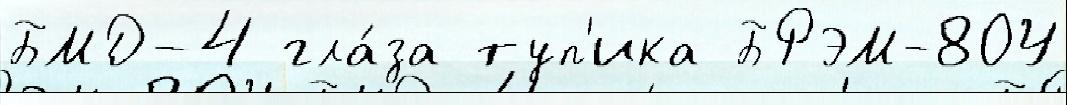
БМД-4 гла́за туп'ика БРЭМ-80У